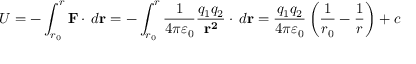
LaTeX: U = - \int _ { r _ { 0 } } ^ { r } \mathbf { F } \cdot \, d \mathbf { r } = - \int _ { r _ { 0 } } ^ { r } { \frac { 1 } { 4 \pi \varepsilon _ { 0 } } } { \frac { q _ { 1 } q _ { 2 } } { \mathbf { r ^ { 2 } } } } \cdot \, d \mathbf { r } = { \frac { q _ { 1 } q _ { 2 } } { 4 \pi \varepsilon _ { 0 } } } \left( { \frac { 1 } { r _ { 0 } } } - { \frac { 1 } { r } } \right) + c